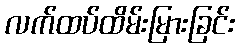
လက်ထပ်ထိမ်းမြားခြင်း